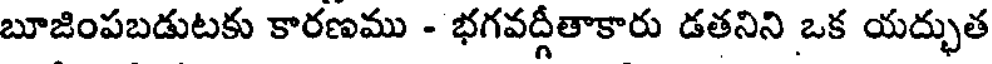
బూజింపబడుటకు కారణము - భగవద్గీతాకారు డతనిని ఒక యద్భుత